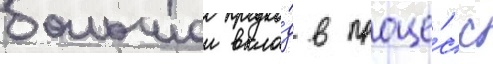
большои вкла́д в проце́сс